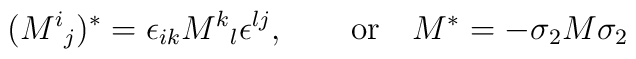
(M^i{}_j)^* = \epsilon_{ik}M^k{}_l\epsilon^{lj}, \qquad \hbox{or}\quad    M^* = -\sigma_2M\sigma_2